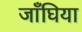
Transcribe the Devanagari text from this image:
जाँघिया